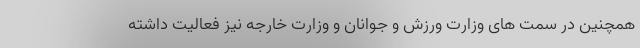
همچنین در سمت های وزارت ورزش و جوانان و وزارت خارجه نیز فعالیت داشته